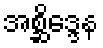
အစ္ဆိဒ္ဒေန